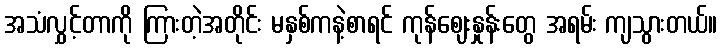
အသံလွှင့်တာကို ကြားတဲ့အတိုင်း မနှစ်ကနဲ့စာရင် ကုန်ဈေးနှုန်းတွေ အရမ်း ကျသွားတယ်။